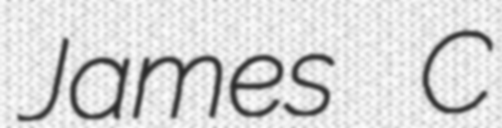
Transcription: James C